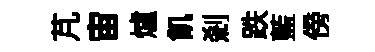
芃宙爐飢刹跌藍傍